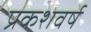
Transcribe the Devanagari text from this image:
प्रकशवर्ष